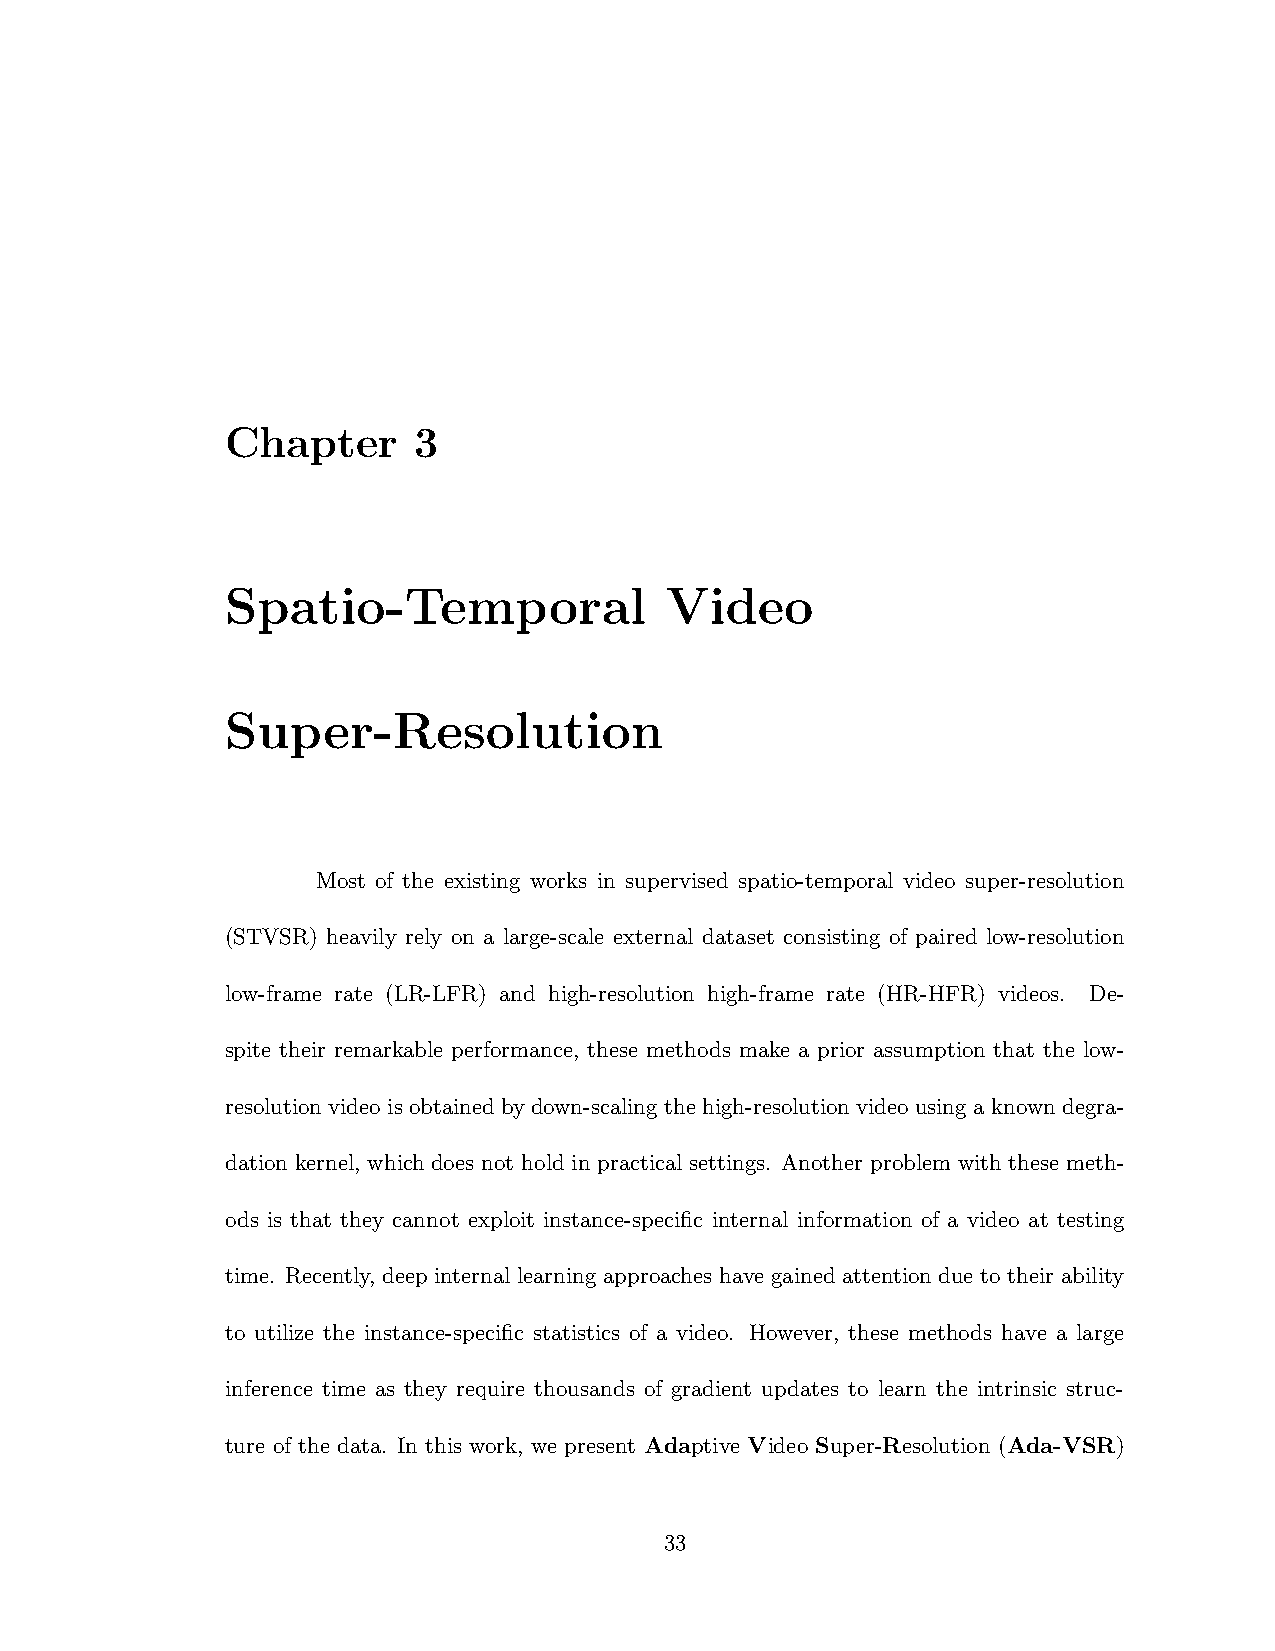
Chapter     3
 Spatio-Temporal              Video
 Super-Resolution
 Most of the existing works in supervised spatio-temporal video super-resolution
 (STVSR) heavily rely on a large-scale external dataset consisting of paired low-resolution
 low-frame rate (LR-LFR) and high-resolution high-frame rate (HR-HFR) videos. De-
 spite their remarkable performance, these methods make a prior assumption that the low-
 resolution video is obtained by down-scaling the high-resolution video using a known degra-
 dation kernel, which does not hold in practical settings. Another problem with these meth-
 ods is that they cannot exploit instance-specific internal information of a video at testing
 time. Recently, deep internal learning approaches have gained attention due to their ability
 to utilize the instance-specific statistics of a video. However, these methods have a large
 inference time as they require thousands of gradient updates to learn the intrinsic struc-
 ture of the data. In this work, we present Adaptive Video Super-Resolution (Ada-VSR)
 33